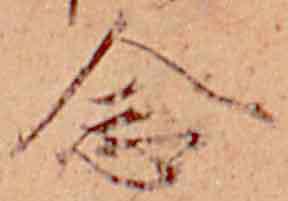
念